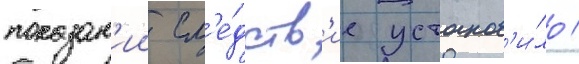
показан'ии сл'е́дств'ие установ'и́ло /